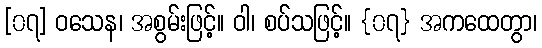
[၀၇] ဝသေန၊ အစွမ်းဖြင့်။ ဝါ၊ စပ်သဖြင့်။ {၀၇} အကထေတွာ၊